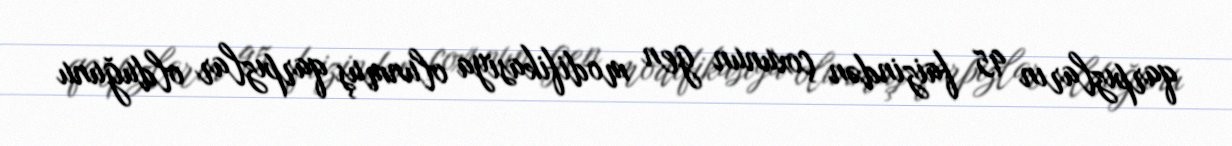
qarpızların 95 faizindən çoxunun gen modifikasiya olunmuş qarpızlar olduğunu